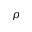
\rho